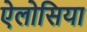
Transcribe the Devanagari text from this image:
ऐलोसिया